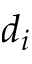
d _ { i }